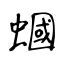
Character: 蟈